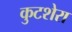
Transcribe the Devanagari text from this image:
कुटशेरा